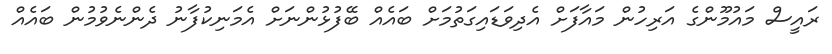
ރައީސް މައުމޫންގެ އަރިހުން މައާފަށް އެދިވަޑައިގަތުމަށް ބައެއް ބޭފުޅުންނަށް އެމަނިކުފާނު ދެންނެވުމުން ބައެއް